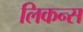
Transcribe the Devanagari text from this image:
लिकन्स